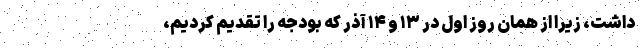
داشت، زیرا از همان روز اول در ۱۳ و ۱۴ آذر که بودجه را تقدیم کردیم،